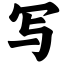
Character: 写